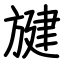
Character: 旔